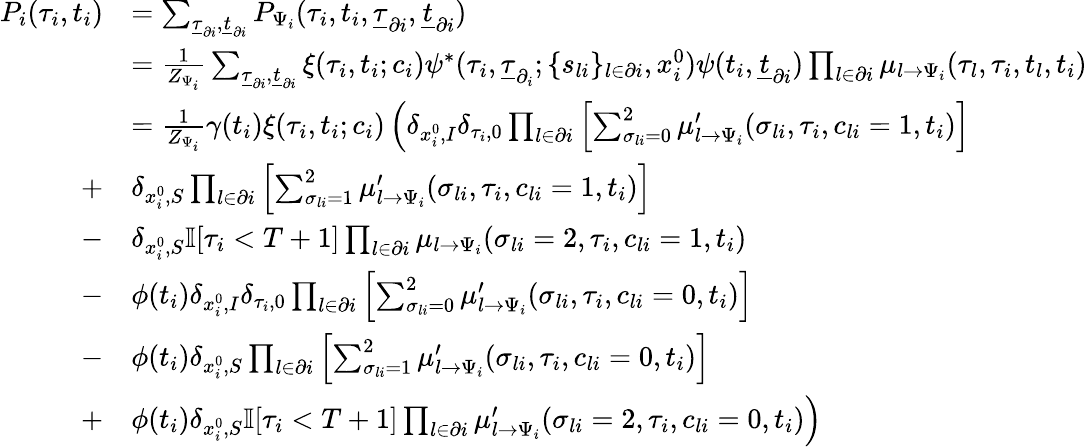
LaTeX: \begin{array}{r}{\begin{array}{rl}{P_{i}(\tau_{i},t_{i})}&{=\sum_{\underline{{\tau}}_{\partial i},\underline{{t}}_{\partial i}}P_{\Psi_{i}}(\tau_{i},t_{i},\underline{{\tau}}_{\partial i},\underline{{t}}_{\partial i})}\\ &{=\frac{1}{Z_{\Psi_{i}}}\sum_{\underline{{\tau}}_{\partial i},\underline{{t}}_{\partial i}}\xi(\tau_{i},t_{i};c_{i})\psi^{*}(\tau_{i},\underline{{\tau}}_{\partial_{i}};\{ s_{li}\} _{l\in\partial i},x_{i}^{0})\psi(t_{i},\underline{{t}}_{\partial i})\prod_{l\in\partial i}\mu_{l\to\Psi_{i}}(\tau_{l},\tau_{i},t_{l},t_{i})}\\ &{=\frac{1}{Z_{\Psi_{i}}}\gamma(t_{i})\xi(\tau_{i},t_{i};c_{i})\left(\delta_{x_{i}^{0},I}\delta_{\tau_{i},0}\prod_{l\in\partial i}\left[\sum_{\sigma_{li}=0}^{2}\mu_{l\to\Psi_{i}}^{\prime}(\sigma_{li},\tau_{i},c_{li}=1,t_{i})\right]\right.}\\ {+}&{\delta_{x_{i}^{0},S}\prod_{l\in\partial i}\left[\sum_{\sigma_{li}=1}^{2}\mu_{l\to\Psi_{i}}^{\prime}(\sigma_{li},\tau_{i},c_{li}=1,t_{i})\right]}\\ {-}&{\delta_{x_{i}^{0},S}\mathbb{I}[\tau_{i}<{T+1}]\prod_{l\in\partial i}\mu_{l\to\Psi_{i}}(\sigma_{li}=2,\tau_{i},c_{li}=1,t_{i})}\\ {-}&{\phi(t_{i})\delta_{x_{i}^{0},I}\delta_{\tau_{i},0}\prod_{l\in\partial i}\left[\sum_{\sigma_{li}=0}^{2}\mu_{l\to\Psi_{i}}^{\prime}(\sigma_{li},\tau_{i},c_{li}=0,t_{i})\right]}\\ {-}&{\phi(t_{i})\delta_{x_{i}^{0},S}\prod_{l\in\partial i}\left[\sum_{\sigma_{li}=1}^{2}\mu_{l\to\Psi_{i}}^{\prime}(\sigma_{li},\tau_{i},c_{li}=0,t_{i})\right]}\\ {+}&{\left.\phi(t_{i})\delta_{x_{i}^{0},S}\mathbb{I}[\tau_{i}<{T+1}]\prod_{l\in\partial i}\mu_{l\to\Psi_{i}}^{\prime}(\sigma_{li}=2,\tau_{i},c_{li}=0,t_{i})\right)}\end{array}}\end{array}